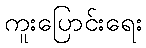
ကူးပြောင်းရေး